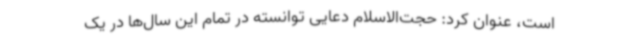
است، عنوان کرد: حجت‌الاسلام دعایی توانسته در تمام این سال‌ها در یک